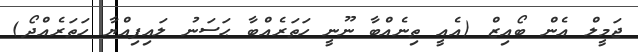
ޖަމީލް އެން ބޯއިޒް (އެއީ ތިނެއްބާ ނޫނީ ހަތަރެއްބާ ޙަސަނު ލައިފިއްޔާ ހަތަރެއްދޯ)